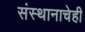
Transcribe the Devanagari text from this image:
संस्थानाचेही